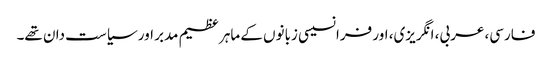
فارسی، عربی، انگریزی، اور فرانسیسی زبانوں کے ماہر عظیم مدبر اور سیاست دان تھے۔